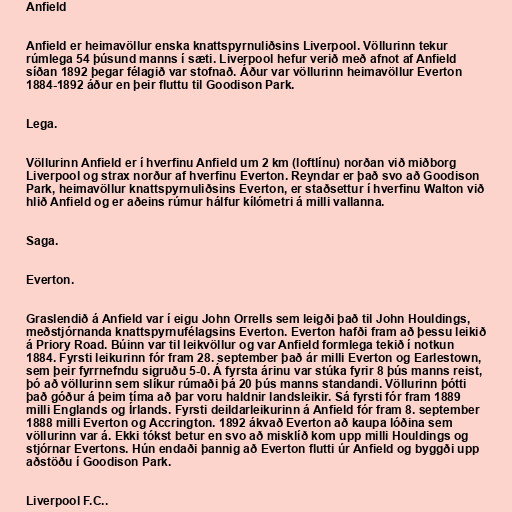
Anfield

Anfield er heimavöllur enska knattspyrnuliðsins Liverpool. Völlurinn tekur
rúmlega 54 þúsund manns í sæti. Liverpool hefur verið með afnot af Anfield
síðan 1892 þegar félagið var stofnað. Áður var völlurinn heimavöllur Everton
1884-1892 áður en þeir fluttu til Goodison Park.

Lega.

Völlurinn Anfield er í hverfinu Anfield um 2 km (loftlínu) norðan við miðborg
Liverpool og strax norður af hverfinu Everton. Reyndar er það svo að Goodison
Park, heimavöllur knattspyrnuliðsins Everton, er staðsettur í hverfinu Walton við
hlið Anfield og er aðeins rúmur hálfur kílómetri á milli vallanna.

Saga.

Everton.

Graslendið á Anfield var í eigu John Orrells sem leigði það til John Houldings,
meðstjórnanda knattspyrnufélagsins Everton. Everton hafði fram að þessu leikið
á Priory Road. Búinn var til leikvöllur og var Anfield formlega tekið í notkun
1884. Fyrsti leikurinn fór fram 28. september það ár milli Everton og Earlestown,
sem þeir fyrrnefndu sigruðu 5-0. Á fyrsta árinu var stúka fyrir 8 þús manns reist,
þó að völlurinn sem slíkur rúmaði þá 20 þús manns standandi. Völlurinn þótti
það góður á þeim tíma að þar voru haldnir landsleikir. Sá fyrsti fór fram 1889
milli Englands og Írlands. Fyrsti deildarleikurinn á Anfield fór fram 8. september
1888 milli Everton og Accrington. 1892 ákvað Everton að kaupa lóðina sem
völlurinn var á. Ekki tókst betur en svo að misklíð kom upp milli Houldings og
stjórnar Evertons. Hún endaði þannig að Everton flutti úr Anfield og byggði upp
aðstöðu í Goodison Park.

Liverpool F.C..